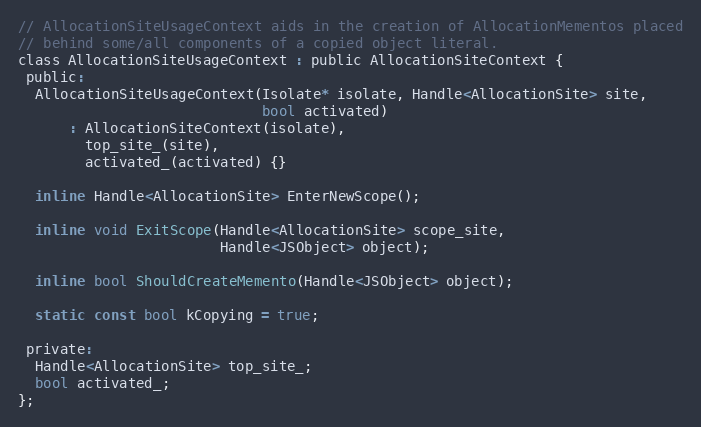
Language: C
// AllocationSiteUsageContext aids in the creation of AllocationMementos placed
// behind some/all components of a copied object literal.
class AllocationSiteUsageContext : public AllocationSiteContext {
 public:
  AllocationSiteUsageContext(Isolate* isolate, Handle<AllocationSite> site,
                             bool activated)
      : AllocationSiteContext(isolate),
        top_site_(site),
        activated_(activated) {}

  inline Handle<AllocationSite> EnterNewScope();

  inline void ExitScope(Handle<AllocationSite> scope_site,
                        Handle<JSObject> object);

  inline bool ShouldCreateMemento(Handle<JSObject> object);

  static const bool kCopying = true;

 private:
  Handle<AllocationSite> top_site_;
  bool activated_;
};